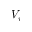
V _ { v }